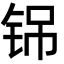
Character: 铞